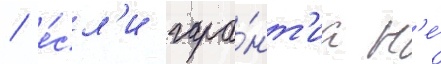
/ е́сл'и гара́нт'иа н'е́